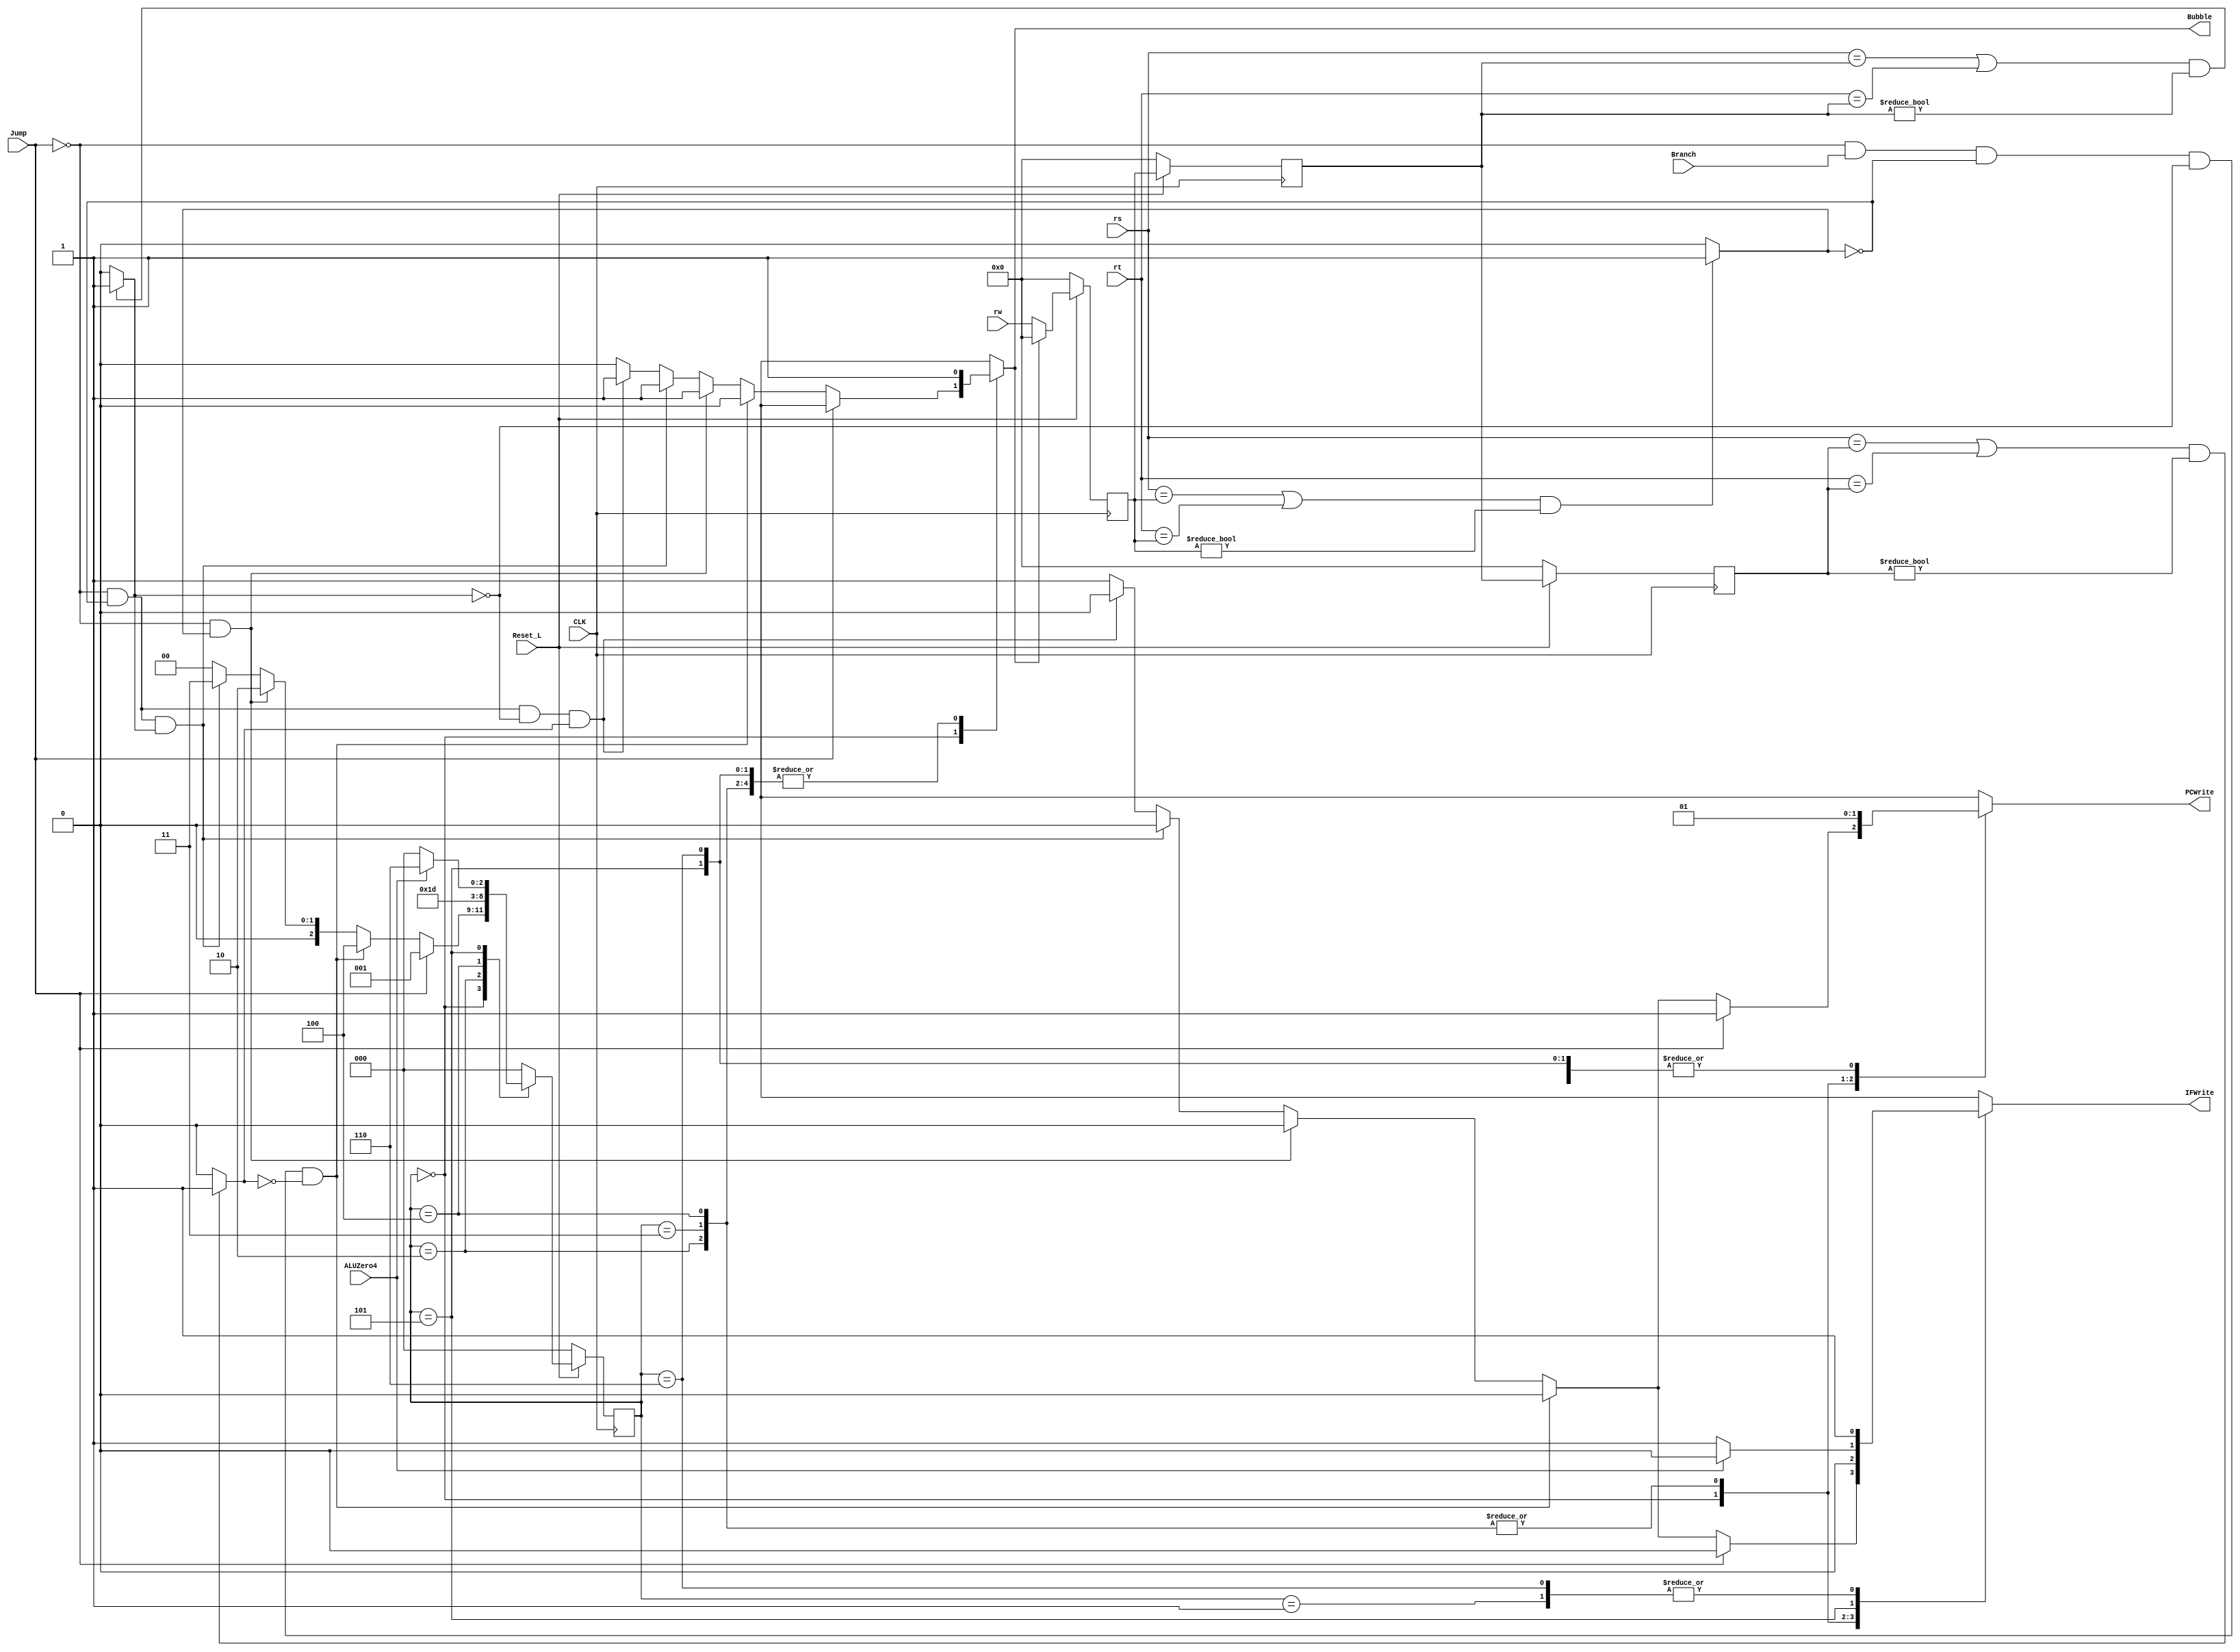
`timescale 1ns / 1ps
//////////////////////////////////////////////////////////////////////////////////
// Company: 
// Engineer: 
// 
// Create Date:    
// Design Name: 
// Module Name:     
// Project Name: 
// Target Devices: 
// Tool versions: 
// Description: 
//
// Dependencies: 
//
//
//
//////////////////////////////////////////////////////////////////////////////////x
`define Jump0    3'b000
`define NoHazard 3'b001
`define Bubble0  3'b010
`define Bubble1 3'b011
`define Branch0 3'b100
`define Branch1  3'b101
`define Branch2 3'b110

module Hazard(PCWrite, IFWrite, Bubble, Branch, ALUZero4, Jump, rw, rs, rt, Reset_L, CLK);
	input			Branch;
	input			ALUZero4;
	input			Jump;
	input	[4:0]	rw;
	input	[4:0]	rs;
	input	[4:0]	rt;
	input			Reset_L;
	input			CLK;
	output reg		PCWrite;
	output reg		IFWrite;
	output reg		Bubble;
	
	/*state definition for FSM*/
	parameter NoHazard_state = 	3'b000, 
			Bubble0_state = 3'b010,  
			Bubble1_state = 3'b011,  
			Jump0_state = 	3'b001, 
			Branch2_state = 3'b110,  
			Branch1_state = 3'b101,  
			Branch0_state = 3'b100;				 
	
	/*internal signals*/
	wire cmp1, cmp2, cmp3;
	
	/*internal state*/
	reg [2:0] FSM_state, FSM_nxt_state;
	reg [4:0] rw1,rw2,rw3; //rw history registers
	
	/*create compare logic*/
	assign  cmp1 = (((rs==rw1)||(rt==rw1))&&(rw1!= 0)) ? 1:0;
	assign  cmp2 = (((rs==rw2)||(rt==rw2))&&(rw2!= 0)) ? 1:0;
	assign  cmp3 = (((rs==rw3)||(rt==rw3))&&(rw3!= 0)) ? 1:0;


	/*keep track of rw*/
	always @(negedge CLK) begin
		if(Reset_L ==  0) begin
			rw1 <= #1  0;
			rw2 <= #1 0;
			rw3 <= #1  0;
		end
		else begin
			rw1 <= Bubble?0:rw;//if bubble, clear, else, procede
			rw2 <= rw1;//are always conserved for running instruction
			rw3 <= rw2;//are always conserved for running instruction
		end
	end
	
		
	/*FSM state register*/
	always @(negedge CLK) begin
		if(Reset_L == 0) 
			FSM_state <= 0;
		else
			FSM_state <= FSM_nxt_state;
	end
	
	/*FSM next state and output logic*/
	always @(*) begin //combinatory logic
		case(FSM_state)
			NoHazard_state: begin 
				if(Jump== 1) begin //prioritize jump
				  	FSM_nxt_state <= #2 Jump0_state;
			  		PCWrite <= #2 1; 
			  		IFWrite <= #2 0;
                          		Bubble <= #2 1'bx; 	
					end
				else if(Jump==0 && Branch== 1 && cmp1==0 && cmp2==0 && cmp3==0)begin
					FSM_nxt_state <= #2 Branch0_state;
			  		PCWrite <= #2 0; 
			  		IFWrite <= #2 0;
                          		Bubble <= #2 0; 
				end
				else if(Jump==0 && cmp1== 1) begin //3-delay data hazard
					FSM_nxt_state <= #2 Bubble0_state;
			  		PCWrite <= #2 0; 
			  		IFWrite <= #2 0;
                          		Bubble <= #2 1; 
				end
				else if(Jump==0 && cmp1== 0 && cmp2== 1) begin
					FSM_nxt_state <= #2 Bubble1_state;
			  		PCWrite <= #2 0; 
			  		IFWrite <= #2 0;
                          		Bubble <= #2 1; 
				end
				else if(Jump==0 && cmp1==0 && cmp2==0 && cmp3==1)begin
					FSM_nxt_state <= #2 NoHazard_state;
			  		PCWrite <= #2 0; 
			  		IFWrite <= #2 0;
                          		Bubble <= #2 1; 
				end 

				else begin
					FSM_nxt_state <= #2 NoHazard_state;
			  		PCWrite <= #2 1; 
			  		IFWrite <= #2 1;
                          		Bubble <= #2 0;  
				end 
				
			end

			Jump0_state: begin
				FSM_nxt_state <= #2 NoHazard_state;
				PCWrite <= #2 1; 
				IFWrite <= #2 1;
		                Bubble <= #2 1'bx; 
			end
 
			Bubble0_state: begin
				FSM_nxt_state <= #2 Bubble1_state;
				PCWrite <= #2 0; 
				IFWrite <= #2 0;
		                Bubble <= #2 1; 
			end
			
			Bubble1_state:begin
				FSM_nxt_state <= #2 NoHazard_state;
				PCWrite <= #2 0; 
				IFWrite <= #2 0;
		                Bubble <= #2 1; 
			end
			
			Branch0_state:begin
				FSM_nxt_state <= #2 Branch1_state;
				PCWrite <= #2 0; 
				IFWrite <= #2 0;
		        	Bubble <= #2 1; 
			end
			
			Branch1_state:begin
				if(ALUZero4)begin //branch taken
				  FSM_nxt_state <= #2 Branch2_state;
				  PCWrite <= #2 1; 
				  IFWrite <= #2 0;
		                  Bubble <= #2 1; 
				end
				else begin  //branch not taken
				  FSM_nxt_state <= #2 NoHazard_state;
				  PCWrite <= #2 1; 
				  IFWrite <= #2 1;
		                  Bubble <= #2 1; 
				end 
			end 

			Branch2_state:begin
				  FSM_nxt_state <= #2 NoHazard_state;
				  PCWrite <= #2 1; 
				  IFWrite <= #2 1;
		                  Bubble <= #2 1; 
				end 
			
			default: begin
				FSM_nxt_state <= #2 NoHazard_state;
				PCWrite <= #2 1'bx;
				IFWrite <= #2 1'bx;
				Bubble  <= #2 1'bx;
			end
		endcase
	end
endmodule